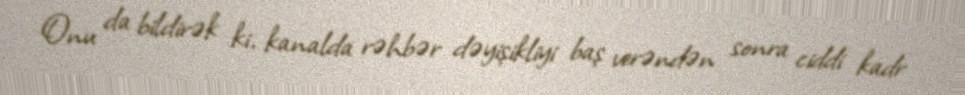
Onu da bildirək ki, kanalda rəhbər dəyişikliyi baş verəndən sonra ciddi kadr